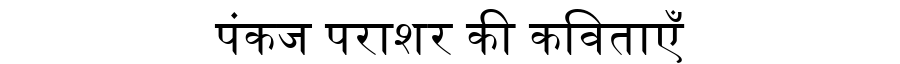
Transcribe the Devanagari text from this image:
पंकज पराशर की कविताएँ